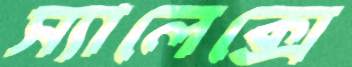
স্যালেক্সে